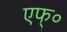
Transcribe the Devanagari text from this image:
एफ्०